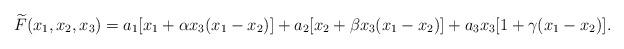
LaTeX: \begin{align*}\widetilde{F}(x_{1},x_{2},x_{3})=a_{1}[x_{1}+\alpha x_{3}(x_{1}-x_{2})]+a_{2}[x_{2}+\beta x_{3}(x_{1}-x_{2})]+a_{3}x_{3}[1+\gamma(x_{1}-x_{2})].\end{align*}